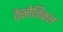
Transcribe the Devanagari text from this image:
कैनोनिकल